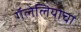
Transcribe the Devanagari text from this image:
गॅलेलियोचा